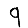
Digit: 9